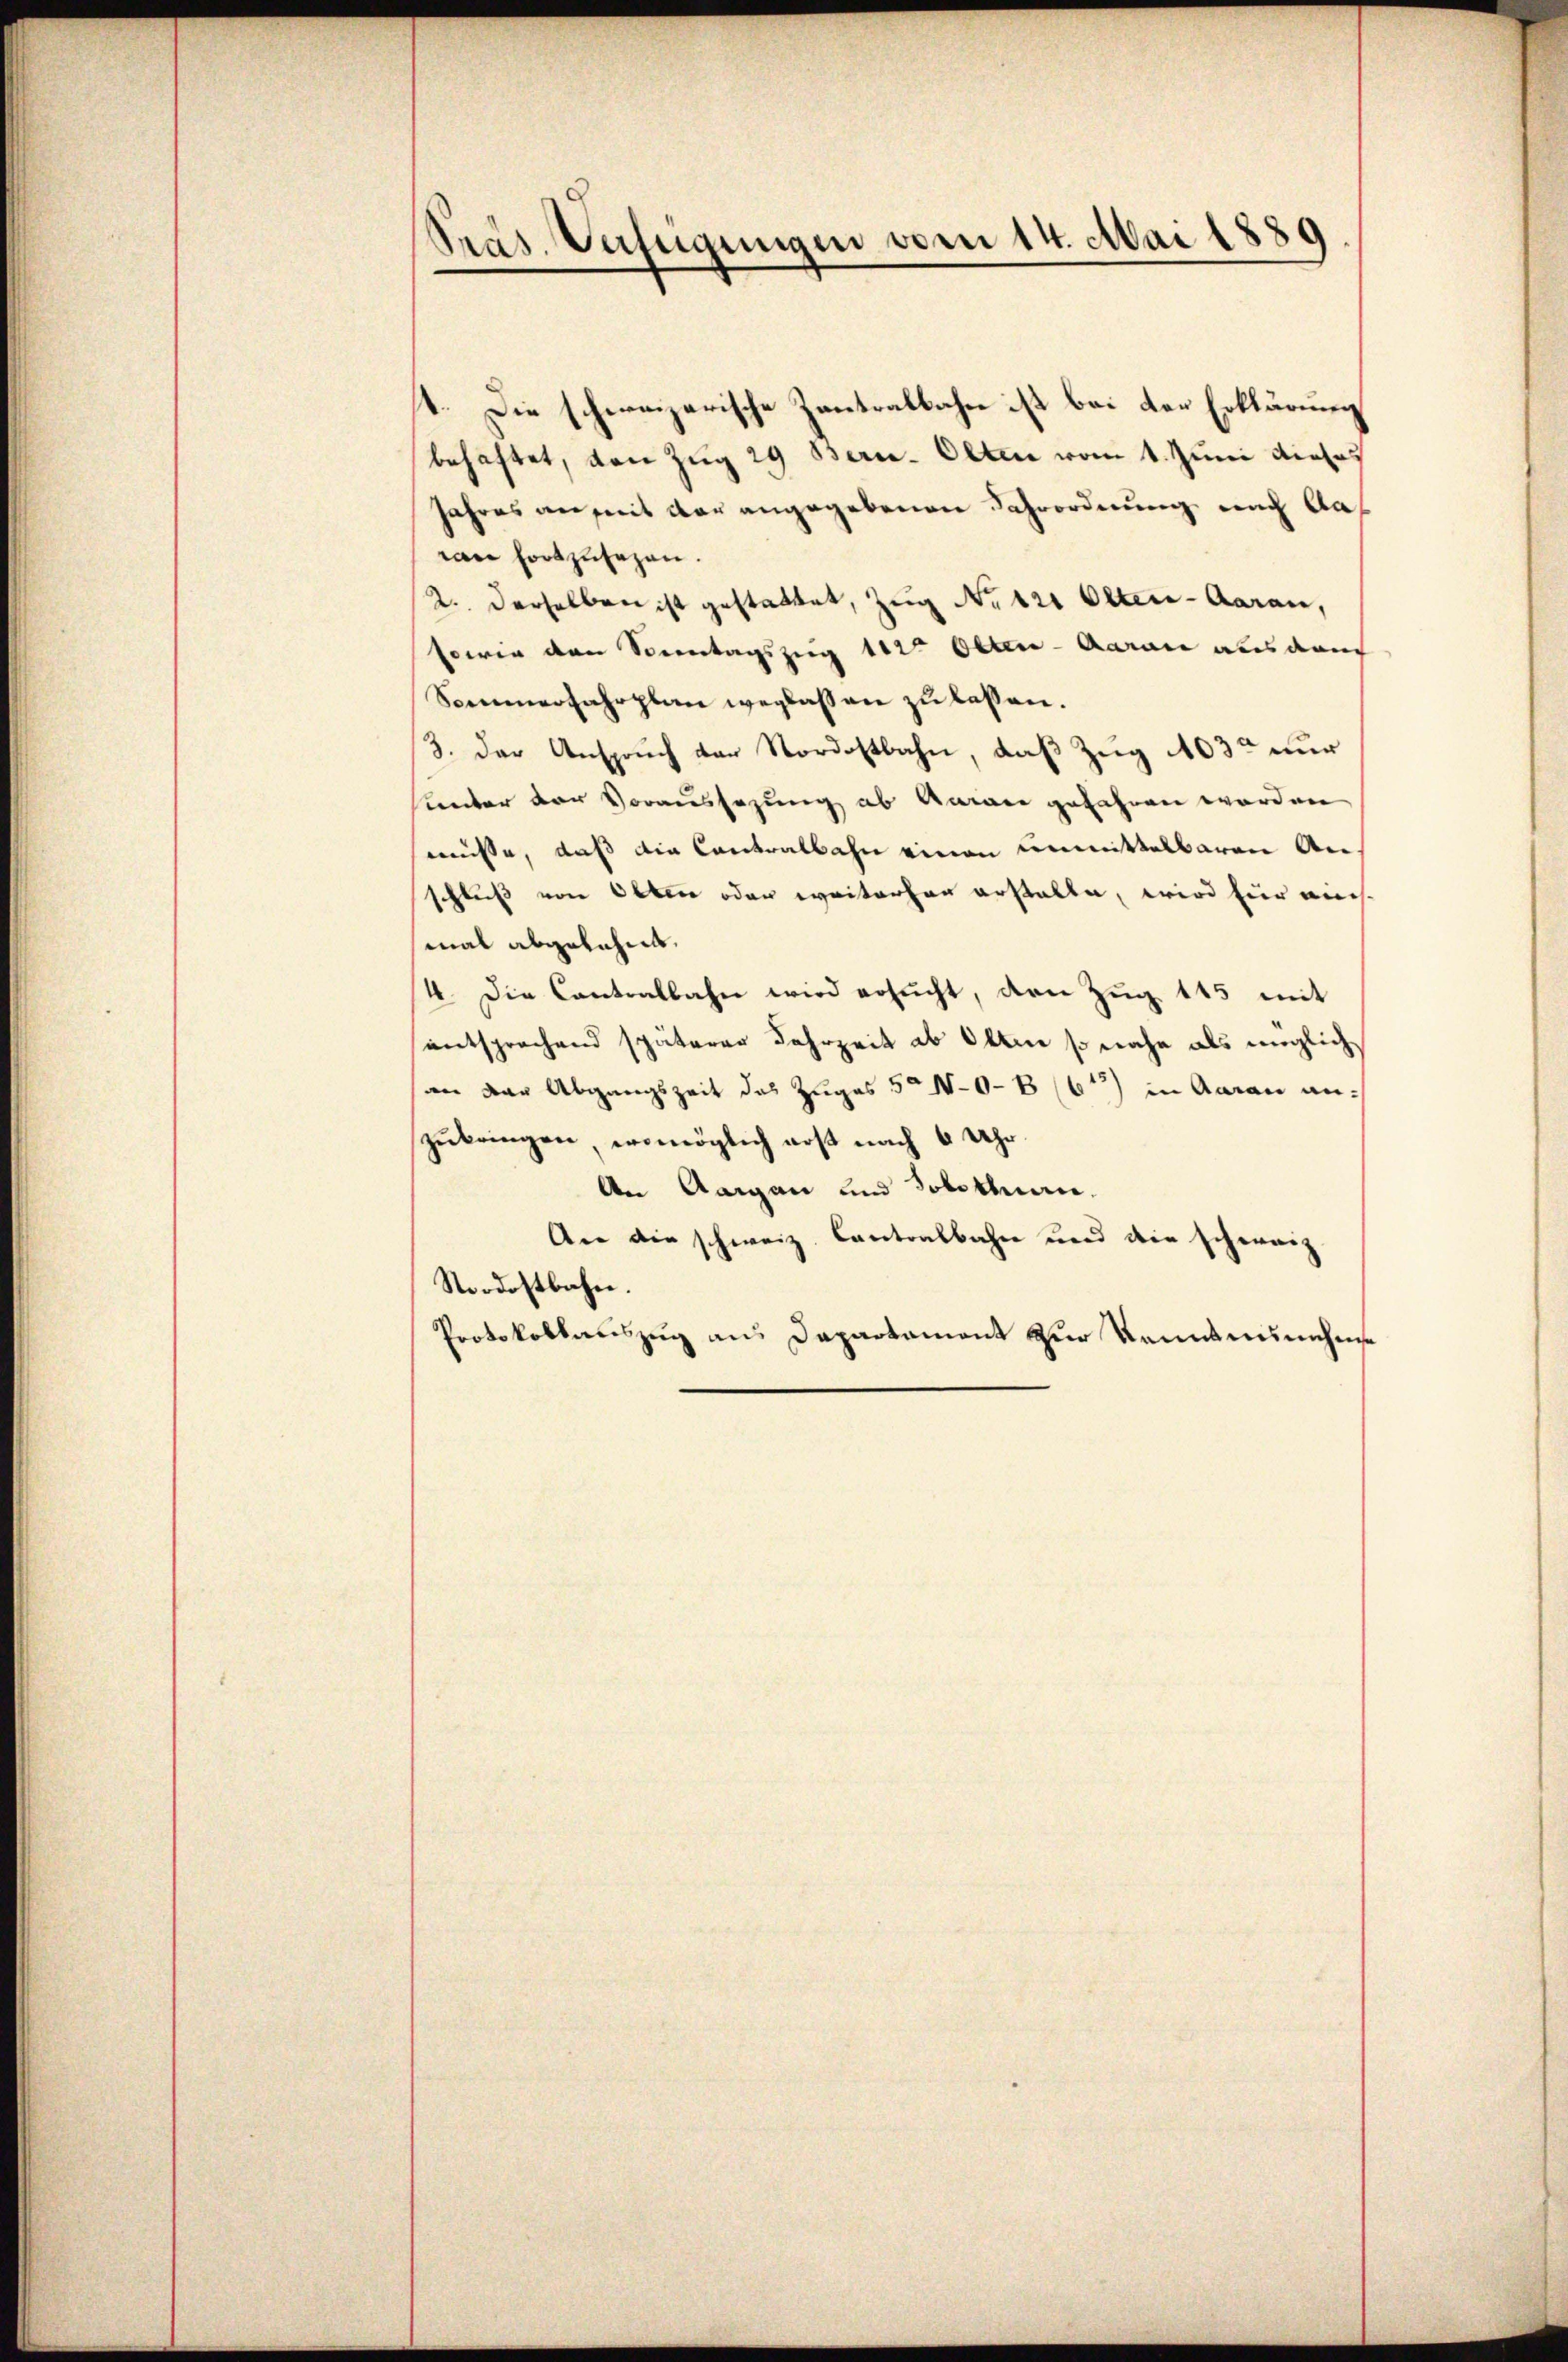
Pras. Verfügungen vom 14. Mai 1889

4. Die schweizerische Zentralbahn ist bei der Erklärung
behaftet, den Zug 29 Bern. Olten vom 1. Juni dieses
Jahres an mit der angegebenen Schrordnung nach Aawie fortzusehen.
2. derselben ist gestattet, Zug No 121 Oltera-Aarau,
sowie den Sonntagszug 112t Otten-Aarau aus dem
Sommerfahrplan weglassen zu lassen.
3. Der Anspruch der Nordostbahn, daß Zug 103 nur
unter der Voraussagung ab Garan gefahren worden
müsse, daß die Contralbahn einen unmittelbaren Anschluß von Oben oder weiterhan erstalten, wird hier nich
mal abgelehnt.
4. Die Cantralbahn wird ersŭcht, den Zŭg 145 mit
entsprechend späterer Fahrzeit ab Olten so nahe als möglich
an der Abgangszeit das Zuges 5° 1-0-B (613) in Aarau anzubringen, womöglich erst nach 6 Uhr.
An Aargau und Solothurn,
An die schweiz. Cantonsbahn und die schweiz
Nordostbahn.
Protokollauszug aus Departament zur Kenntnisnehme